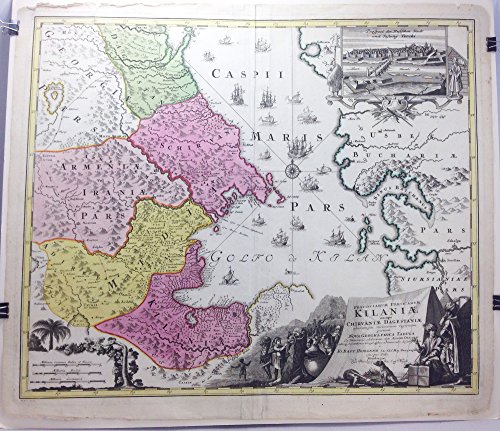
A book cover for Provinciarum Persicarum Kilaniae nempe Chirvaniae Dagestaniae (Map of the provinces surrounding the southern Caspian Sea especially the eastern Caucasus and Turkmenistan in 1728).; J. B. Homann; Travel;